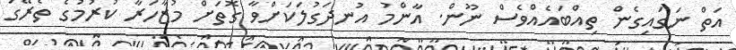
އަތް ނަގައިގެން ތިއްބައެއްވެސް ނޫން. އާންމު އުނދަގުލަކަށްވާ ގޮތަށް މުޒާހަރާ ކުރުމުގެ ތެރޭގަ